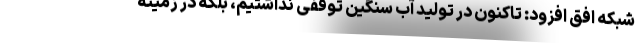
شبکه افق افزود: تاکنون در تولید آب سنگین توقفی نداشتیم، بلکه در زمینه